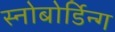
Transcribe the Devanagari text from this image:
स्नोबोर्डिन्ग